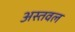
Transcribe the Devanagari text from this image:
अस्तवल